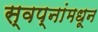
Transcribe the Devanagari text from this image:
स्वप्नांमधून